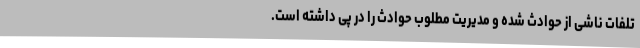
تلفات ناشی از حوادث شده و مدیریت مطلوب حوادث را در پی داشته است.